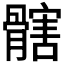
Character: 𩪃